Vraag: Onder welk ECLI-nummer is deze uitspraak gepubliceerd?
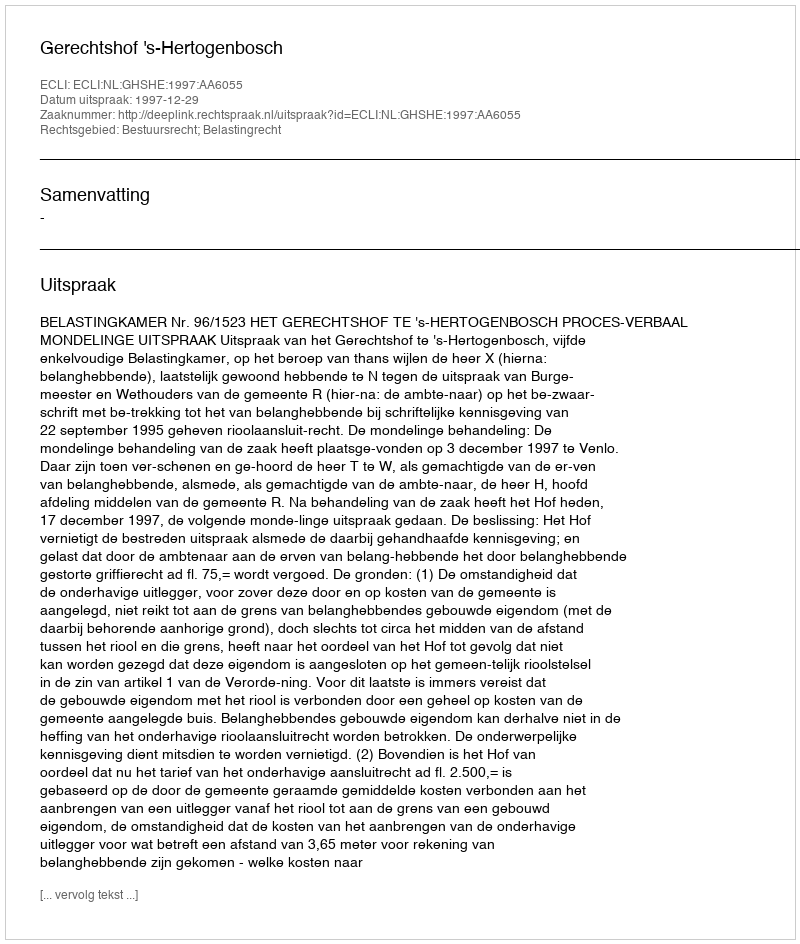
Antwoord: ECLI:NL:GHSHE:1997:AA6055